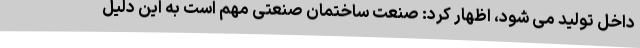
داخل تولید می شود، اظهار کرد: صنعت ساختمان صنعتی مهم است به این دلیل